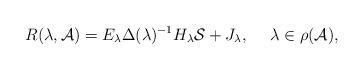
LaTeX: \begin{align*}R(\lambda, {\cal A}) = E_\lambda \Delta(\lambda)^{-1}H_\lambda {\cal S} + J_\lambda,\hskip 15pt \lambda\in \rho({\cal A}),\end{align*}